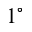
1 ^ { \circ }